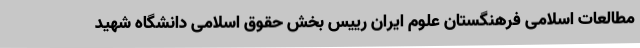
مطالعات اسلامی فرهنگستان علوم ایران رییس بخش حقوق اسلامی دانشگاه شهید